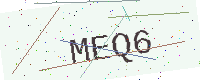
Text: MEQ6